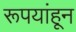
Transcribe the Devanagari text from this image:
रूपयांहून